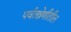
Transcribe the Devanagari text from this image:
पर्वतश्रेणीतील